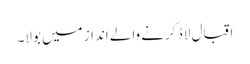
اقبال لا ڈ کرنے والے انداز میں بولا۔